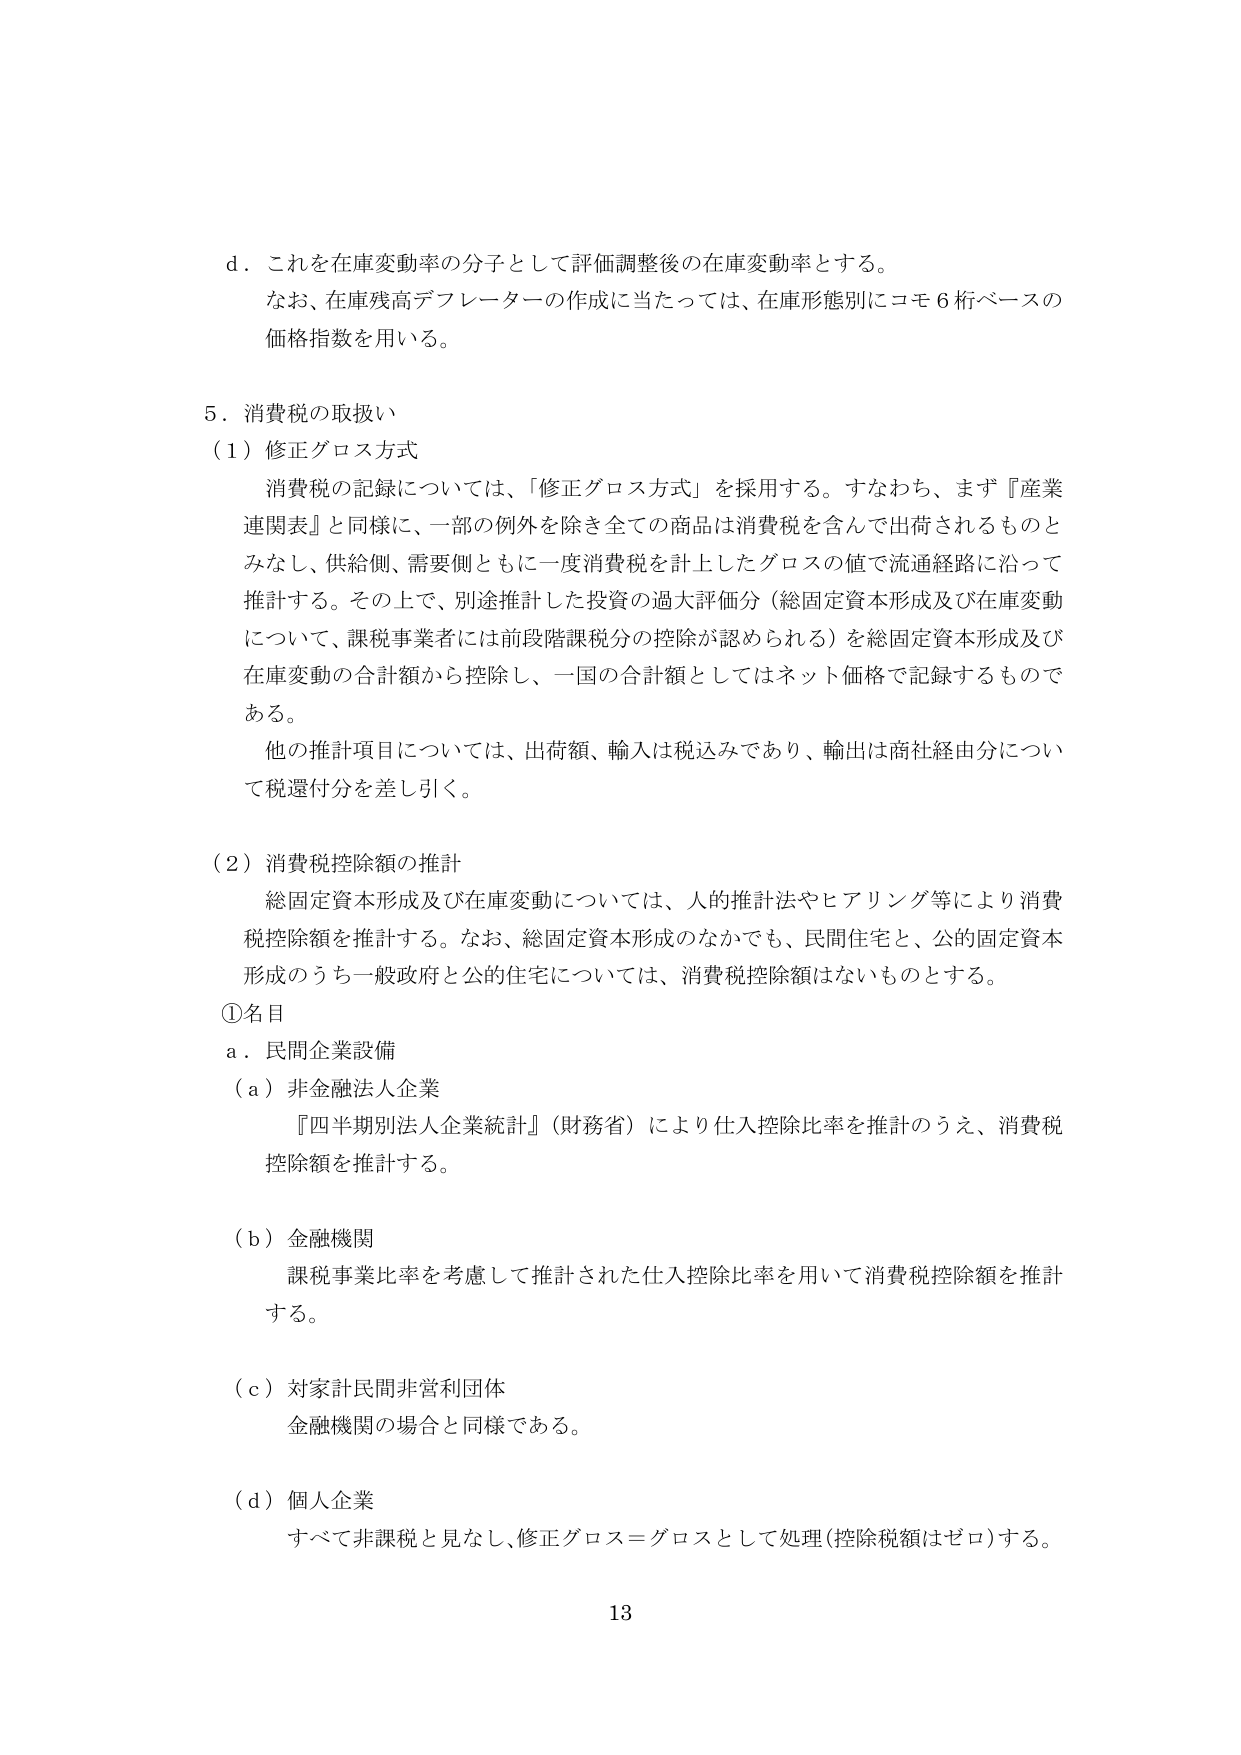
d．これを在庫変動率の分子として評価調整後の在庫変動率とする。
　　なお、在庫残高デフレーターの作成に当たっては、在庫形態別にコモ６桁ベースの
　　価格指数を用いる。

５．消費税の取扱い
（１）修正グロス方式
　　消費税の記録については、「修正グロス方式」を採用する。すなわち、まず『産業
　　連関表』と同様に、一部の例外を除き全ての商品は消費税を含んで出荷されるものと
　　みなし、供給側、需要側ともに一度消費税を計上したグロスの値で流通経路に沿って
　　推計する。その上で、別途推計した投資の過大評価分（総固定資本形成及び在庫変動
　　について、課税事業者には前段階課税分の控除が認められる）を総固定資本形成及び
　　在庫変動の合計額から控除し、一国の合計額としてはネット価格で記録するもので
　　ある。
　　他の推計項目については、出荷額、輸入は税込みであり、輸出は商社経由分につい
　　て税還付分を差し引く。

（２）消費税控除額の推計
　　総固定資本形成及び在庫変動については、人的推計法やヒアリング等により消費
　　税控除額を推計する。なお、総固定資本形成のなかでも、民間住宅と、公的固定資本
　　形成のうち一般政府と公的住宅については、消費税控除額はないものとする。

①名目
ａ．民間企業設備
（ａ）非金融法人企業
　　『四半期別法人企業統計』（財務省）により仕入控除比率を推計のうえ、消費税
　　控除額を推計する。

（ｂ）金融機関
　　課税事業比率を考慮して推計された仕入控除比率を用いて消費税控除額を推計
　　する。

（ｃ）対家計民間非営利団体
　　金融機関の場合と同様である。

（ｄ）個人企業
　　すべて非課税と見なし、修正グロス＝グロスとして処理（控除税額はゼロ）する。

13